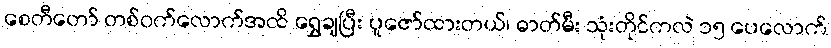
စေတီတော် တစ်ဝက်လောက်အထိ ရွှေချပြီး ပူဇော်ထားတယ်၊ ဓာတ်မီး သုံးတိုင်ကလဲ ၁၅ ပေလောက်